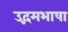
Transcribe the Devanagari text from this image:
उद्गमभाषा